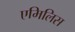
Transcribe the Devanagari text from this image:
एमिलिस